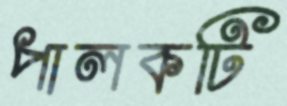
পালকটি